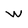
Character: w